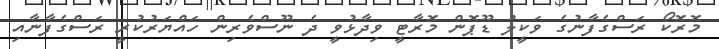
މޮރޮކޯ ރަސްގެފާނުގެ ވަކީލު ޑޫޕޮން މޮރާޓީ ވިދާޅުވީ ދެ ނޫސްވެރިން ހައްޔަރުކުރީ ރަސްގެފާނާއި